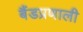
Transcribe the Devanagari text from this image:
बैंडप्रणाली